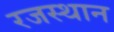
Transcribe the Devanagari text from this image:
रजस्थान